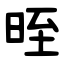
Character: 晊